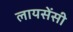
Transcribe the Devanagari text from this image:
लायसेंसी